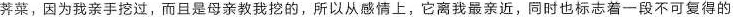
荠菜，因为我亲手挖过，而且是母亲教我挖的，所以从感情上，它离我最亲近，同时也标志着一段不可复得的